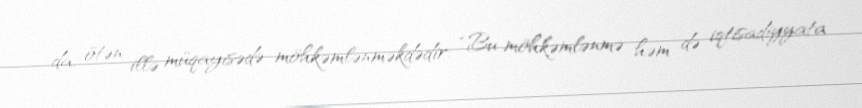
da, ötən illə müqayisədə möhkəmlənməkdədir: “Bu möhkəmlənmə həm də iqtisadiyyata